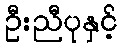
ဦးညီပုနှင့်